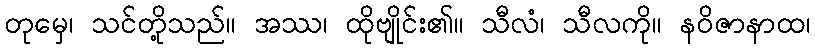
တုမှေ၊ သင်တို့သည်။ အဿ၊ ထိုဗျိုင်း၏။ သီလံ၊ သီလကို။ နဝိဇာနာထ၊